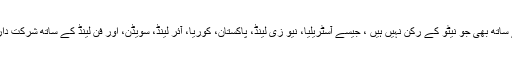
نیٹو اتحاد کے اعلیٰ عہدے دار ایسے ملکوں کے ساتھ بھی جو نیٹو کے رکن نہیں ہیں ، جیسے آسٹریلیا، نیو زی لینڈ، پاکستان، کوریا، آئر لینڈ، سویڈن، اور فن لینڈ کے ساتھ شرکت داریوں کے تصور پر بھی تبادلۂ خیال کریں گے ۔